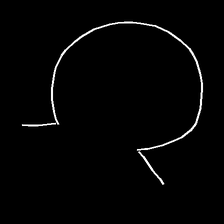
Glyph: weave